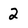
Character: 2